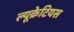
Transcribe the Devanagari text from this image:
ल्यूक्रेटियस